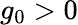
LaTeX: g_{0}>0